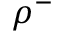
\rho ^ { - }